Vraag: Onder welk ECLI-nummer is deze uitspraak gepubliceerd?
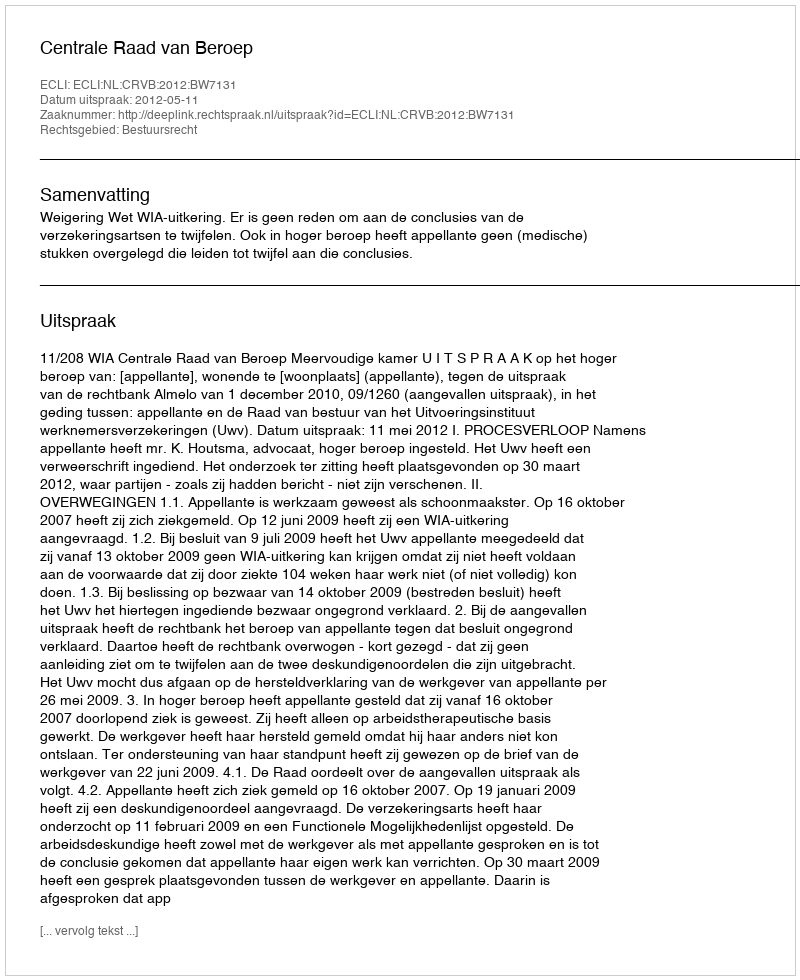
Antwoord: ECLI:NL:CRVB:2012:BW7131